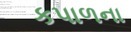
કપાળના